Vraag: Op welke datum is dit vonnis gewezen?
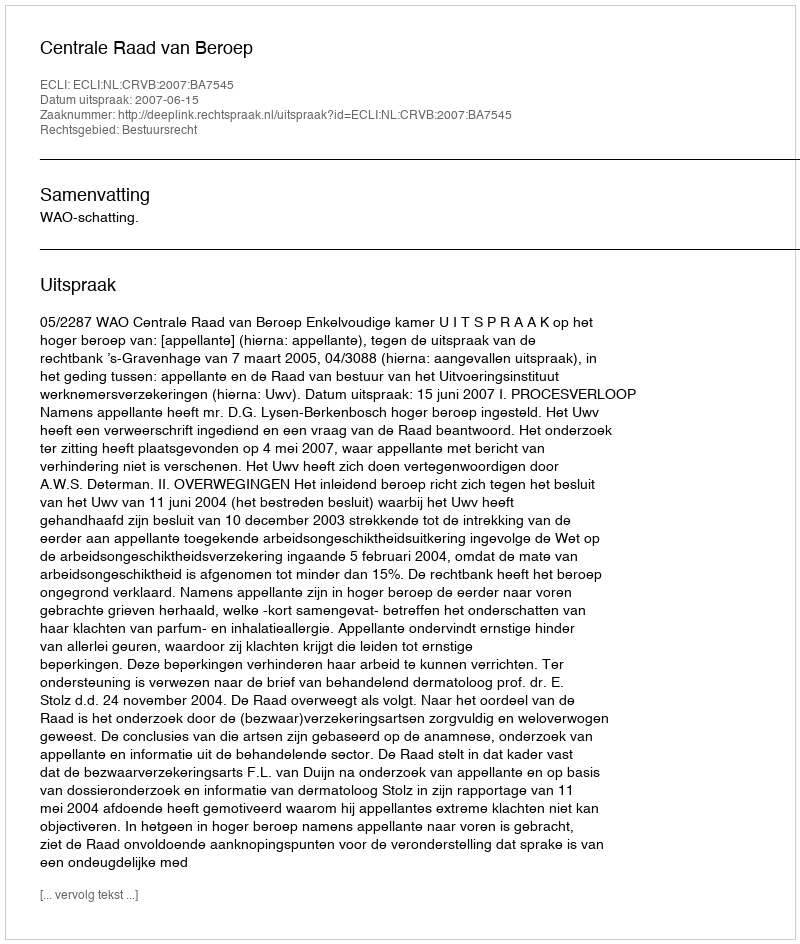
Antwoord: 2007-06-15